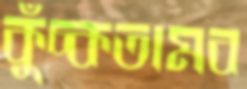
কুঁচ্‌কতামব